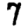
Digit: 7